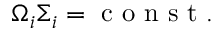
\Omega _ { i } \Sigma _ { i } = \mathrm { ~ c ~ o ~ n ~ s ~ t ~ . ~ }